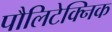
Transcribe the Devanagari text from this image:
पौलिटेक्निक